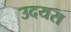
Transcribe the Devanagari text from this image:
उदयस